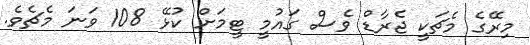
މިރޭގެ މެޗަކީ ޖެރާޑް ވެސް ގައުމީ ޓީމަށް ކުޅޭ 108 ވަނަ މެޗެވެ.